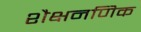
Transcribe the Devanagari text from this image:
शैक्षनणिक